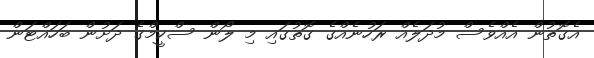
އެގޮތުން އެއްވެސް މުދަލެއް ރަހުނެއްގެ ގޮތުގައި މި ލޯން ސްކީމްގެ ދަށުން ބަހައްޓަން